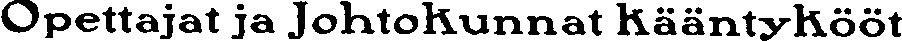
Opettajat ja Johtokunnat kääntykööt